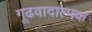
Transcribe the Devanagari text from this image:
गूढवादात्मक